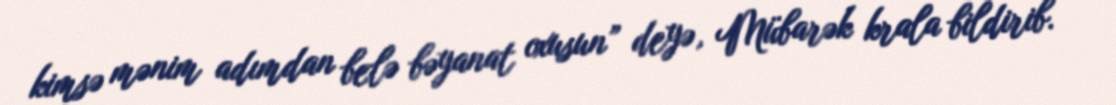
kimsə mənim adımdan belə bəyanat oxusun” deyə, Mübarək krala bildirib.